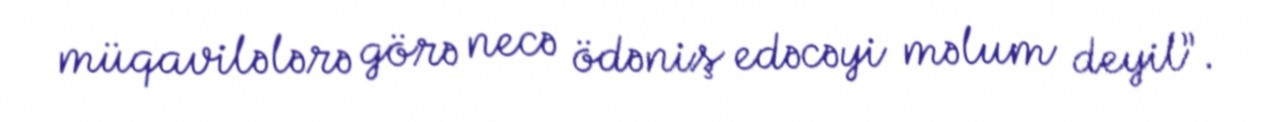
müqavilələrə görə necə ödəniş edəcəyi məlum deyil”.